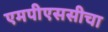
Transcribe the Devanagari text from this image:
एमपीएससीचा